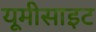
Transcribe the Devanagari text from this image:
यूमीसाइट